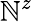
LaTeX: \mathbb{N}^{z}